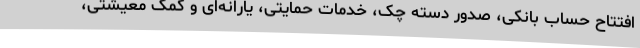
افتتاح حساب بانکی، صدور دسته چک، خدمات حمایتی، یارانه‌ای و کمک معیشتی،